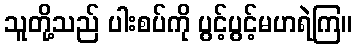
သူတို့သည် ပါးစပ်ကို ပွင့်ပွင့်မဟရဲကြ။